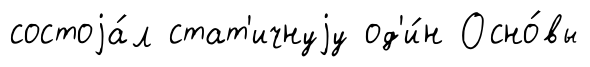
состоjа́л стат'ичнуjу од'и́н Осно́вы